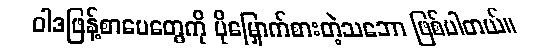
ဝါဒဖြန့်စာပေတွေကို ပိုမြှောက်စားတဲ့သဘော ဖြစ်ပါတယ်။